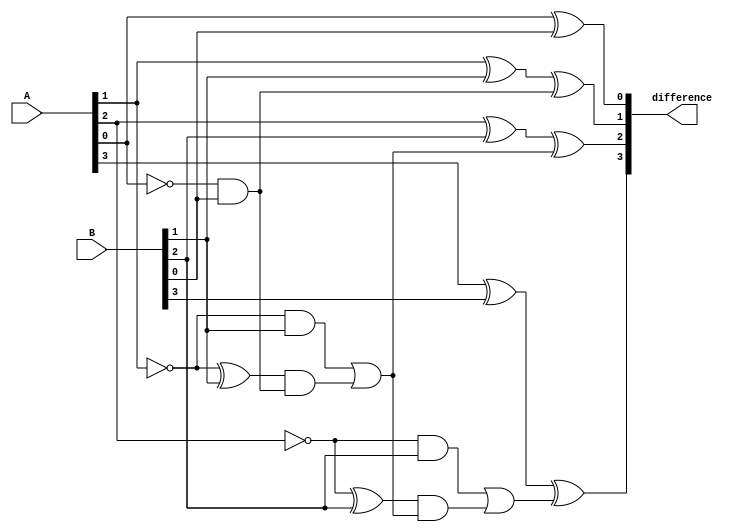
module ripple_carry_subtractor(
    input [3:0] A,
    input [3:0] B,
    output [3:0] difference
);

wire [4:0] A_extended;
wire [4:0] B_extended;
wire [4:0] borrow;

assign A_extended = {1'b0, A};
assign B_extended = {1'b0, B};

assign borrow[0] = 1'b0;

genvar i;
generate
    for (i = 0; i < 4; i = i + 1) begin : sub_loop
        assign difference[i] = A_extended[i] ^ B_extended[i] ^ borrow[i];
        assign borrow[i+1] = (~A_extended[i] & B_extended[i]) | ((~A_extended[i] ^ B_extended[i]) & borrow[i]);
    end
endgenerate

endmodule